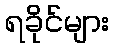
ရခိုင်များ